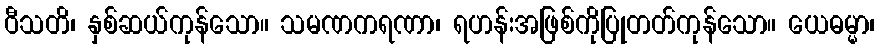
ဝီသတိ၊ နှစ်ဆယ်ကုန်သော။ သမဏကရဏာ၊ ရဟန်းအဖြစ်ကိုပြုတတ်ကုန်သော။ ယေဓမ္မာ၊